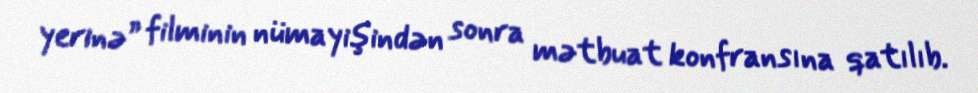
yerinə” filminin nümayişindən sonra mətbuat konfransına qatılıb.